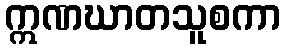
ဣဏဃာတသူစကာ